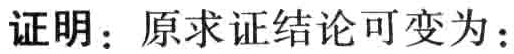
证明：原求证结论可变为：